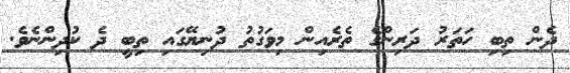
ދެން ތިބި ހަތަރު ދަރިންގެ ތެރެއިން މިވަގުތު ދުނިޔޭގައި ތިބީ ދެ ކުދިންނެވެ.